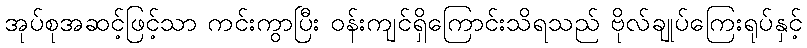
အုပ်စုအဆင့်ဖြင့်သာ ကင်းကွာပြီး ဝန်းကျင်ရှိကြောင်းသိရသည် ဗိုလ်ချုပ်ကြေးရုပ်နှင့်